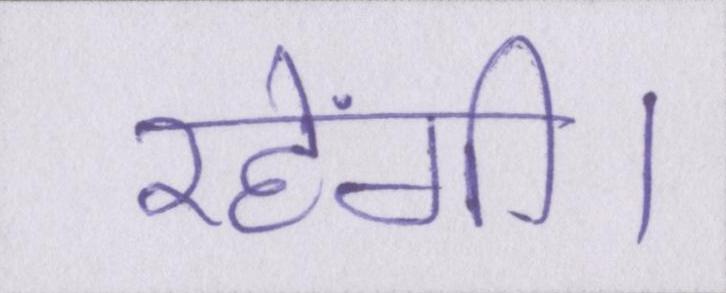
रहेंगी।